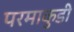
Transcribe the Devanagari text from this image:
परमाकुडी